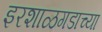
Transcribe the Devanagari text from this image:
इरशाळगडाच्या